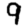
Digit: 9